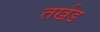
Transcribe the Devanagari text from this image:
तर्खड